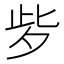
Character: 㱔